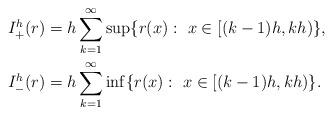
LaTeX: \begin{align*}I^h_+(r) &= h\sum_{k=1}^{\infty}\sup\{r(x) :\ x\in[(k-1)h,kh)\},\\ I^h_-(r) &= h\sum_{k=1}^{\infty}\inf\{r(x) :\ x\in[(k-1)h,kh)\}.\end{align*}